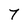
Character: 7